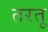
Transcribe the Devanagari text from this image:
तरतू